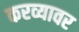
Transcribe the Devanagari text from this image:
करव्यावर